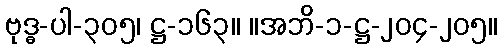
ဗုဒ္ဓ-ပါ-၃၀၅၊ ဋ္ဌ-၁၆၃။ ။အဘိ-၁-ဋ္ဌ-၂၀၄-၂၀၅။